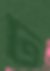
ঢ